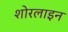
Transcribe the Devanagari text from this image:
शोरलाइन